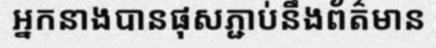
អ្នកនាងបានផុសភ្ជាប់នឹងព័ត៌មាន